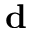
\mathbf { d }